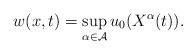
LaTeX: \begin{align*} w(x,t)=\sup_{\alpha \in \mathcal{A}} u_0(X^{\alpha}(t)).\end{align*}